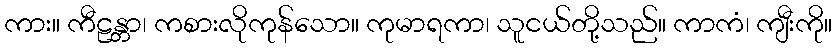
ကား။ ကီဠန္တာ၊ ကစားလိုကုန်သော။ ကုမာရကာ၊ သူငယ်တို့သည်။ ကာကံ၊ ကျီးကို။